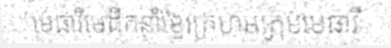
មេធាវីមេដឹកនាំខ្មែរក្រហមក្រុមមេធាវី